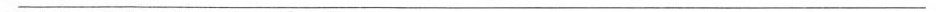
___